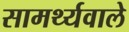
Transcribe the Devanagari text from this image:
सामर्थ्यवाले